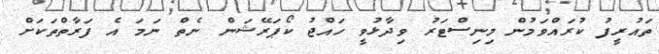
ތައުރީފު ކުރައްވަމުން މިނިސްޓަރު ވިދާޅުވީ ހައްޖު ކޯޕަރޭޝަން ނެތް ނަމަ އެ ފަރާތްތަކަށް